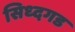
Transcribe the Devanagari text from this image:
सिध्दगड